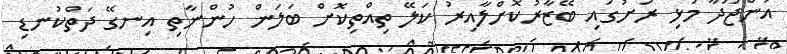
އަންޖޫދާ މުޅި ރަށުގައި ބޭޒާރުކޮށްލާއިރު ކަލޭ ތިއްތިކޮށް ބަލަން ހުންނާތި އިނގޭ ދަތްކުނޑި